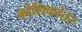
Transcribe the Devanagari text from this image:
कोशिकांतर